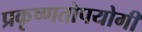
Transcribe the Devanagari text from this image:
प्रकृष्णतोपयोगी